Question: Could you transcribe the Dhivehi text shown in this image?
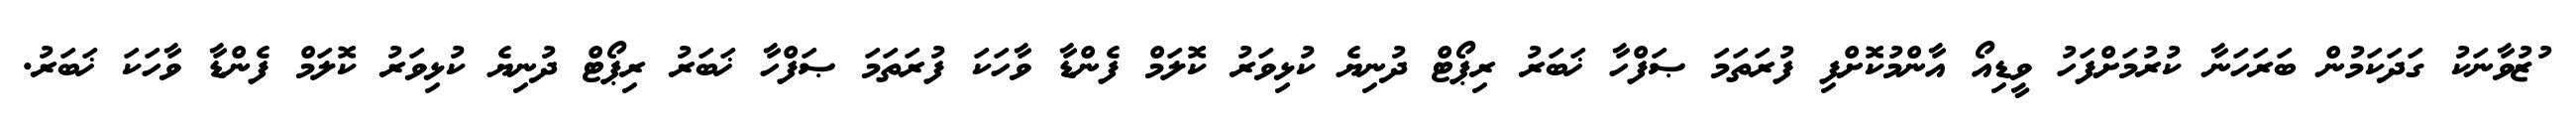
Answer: ުޒުވާނަކު ގަދަކަމުން ބަރަހަނާ ކުރުމަށްފަހު ވީޑިއޯ އާންމުކޮށްފި ފުރަތަމަ ޞަފްހާ ޚަބަރު ރިޕޯޓް ދުނިޔެ ކުޅިވަރު ކޮލަމް ފެންޑާ ވާހަކަ ފުރަތަމަ ޞަފްހާ ޚަބަރު ރިޕޯޓް ދުނިޔެ ކުޅިވަރު ކޮލަމް ފެންޑާ ވާހަކަ ޚަބަރު.